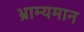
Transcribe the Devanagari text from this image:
भ्राम्यमान